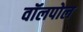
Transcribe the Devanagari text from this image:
वॉलपोल